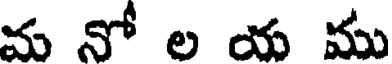
మ నో ల య ము